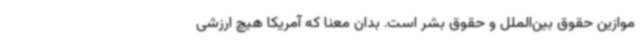
موازین حقوق بین‌الملل و حقوق بشر است. بدان معنا که آمریکا هیچ ارزشی